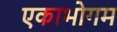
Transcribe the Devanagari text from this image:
एकाभोगम